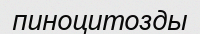
пиноцитозды